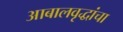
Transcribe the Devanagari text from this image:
आबालवृद्धांचा